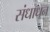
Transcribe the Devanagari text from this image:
संधाधन